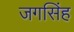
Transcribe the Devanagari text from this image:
जगसिंह